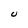
Character: U